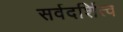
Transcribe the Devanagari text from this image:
सर्वदर्शित्व